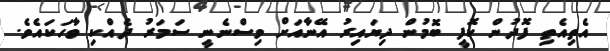
އެތިއެތި ފޮދުން ކޮފީ ބޮމުން ދިޔައިރު އޭނާއަށް ވިސްނެނީ ސަމަރު ދެއްކި ވާހަކައެވެ.